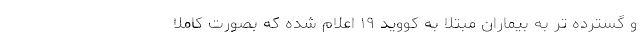
و گسترده‌ تر به بیماران مبتلا به کووید ۱۹ اعلام شده که بصورت کاملا